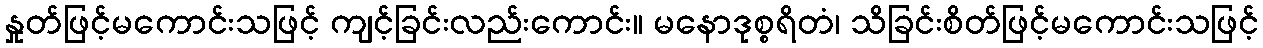
နှုတ်ဖြင့်မကောင်းသဖြင့် ကျင့်ခြင်းလည်းကောင်း။ မနောဒုစ္စရိတံ၊ သိခြင်းစိတ်ဖြင့်မကောင်းသဖြင့်